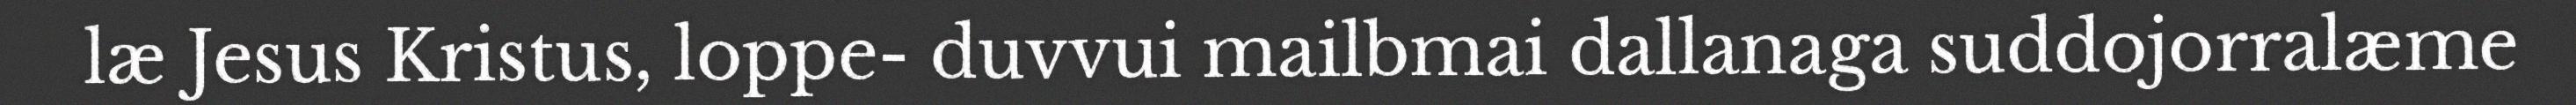
læ Jesus Kristus, loppe- duvvui mailbmai dallanaga suddojorralæme